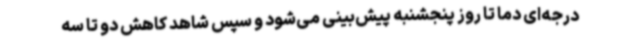
درجه‌ای دما تا روز پنجشنبه پیش‌بینی می‌شود و سپس شاهد کاهش دو تا سه